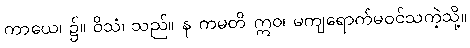
ကာယေ၊ ၌။ ဝိသံ၊ သည်။ န ကမတိ ဣဝ၊ မကျရောက်မဝင်သကဲ့သို့။